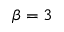
\beta = 3